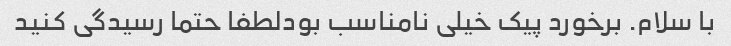
با سلام. برخورد پیک خیلی نامناسب بودلطفا حتما رسیدگی کنید